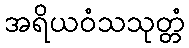
အရိယဝံသသုတ္တံ